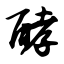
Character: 酵